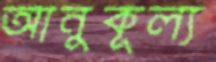
আনুকূল্য